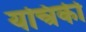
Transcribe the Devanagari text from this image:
यन्त्रिकी